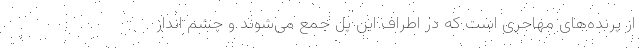
از پرنده‌های مهاجری است که در اطراف این پل جمع می‌شوند و چشم انداز